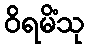
ဝိရမိံသု